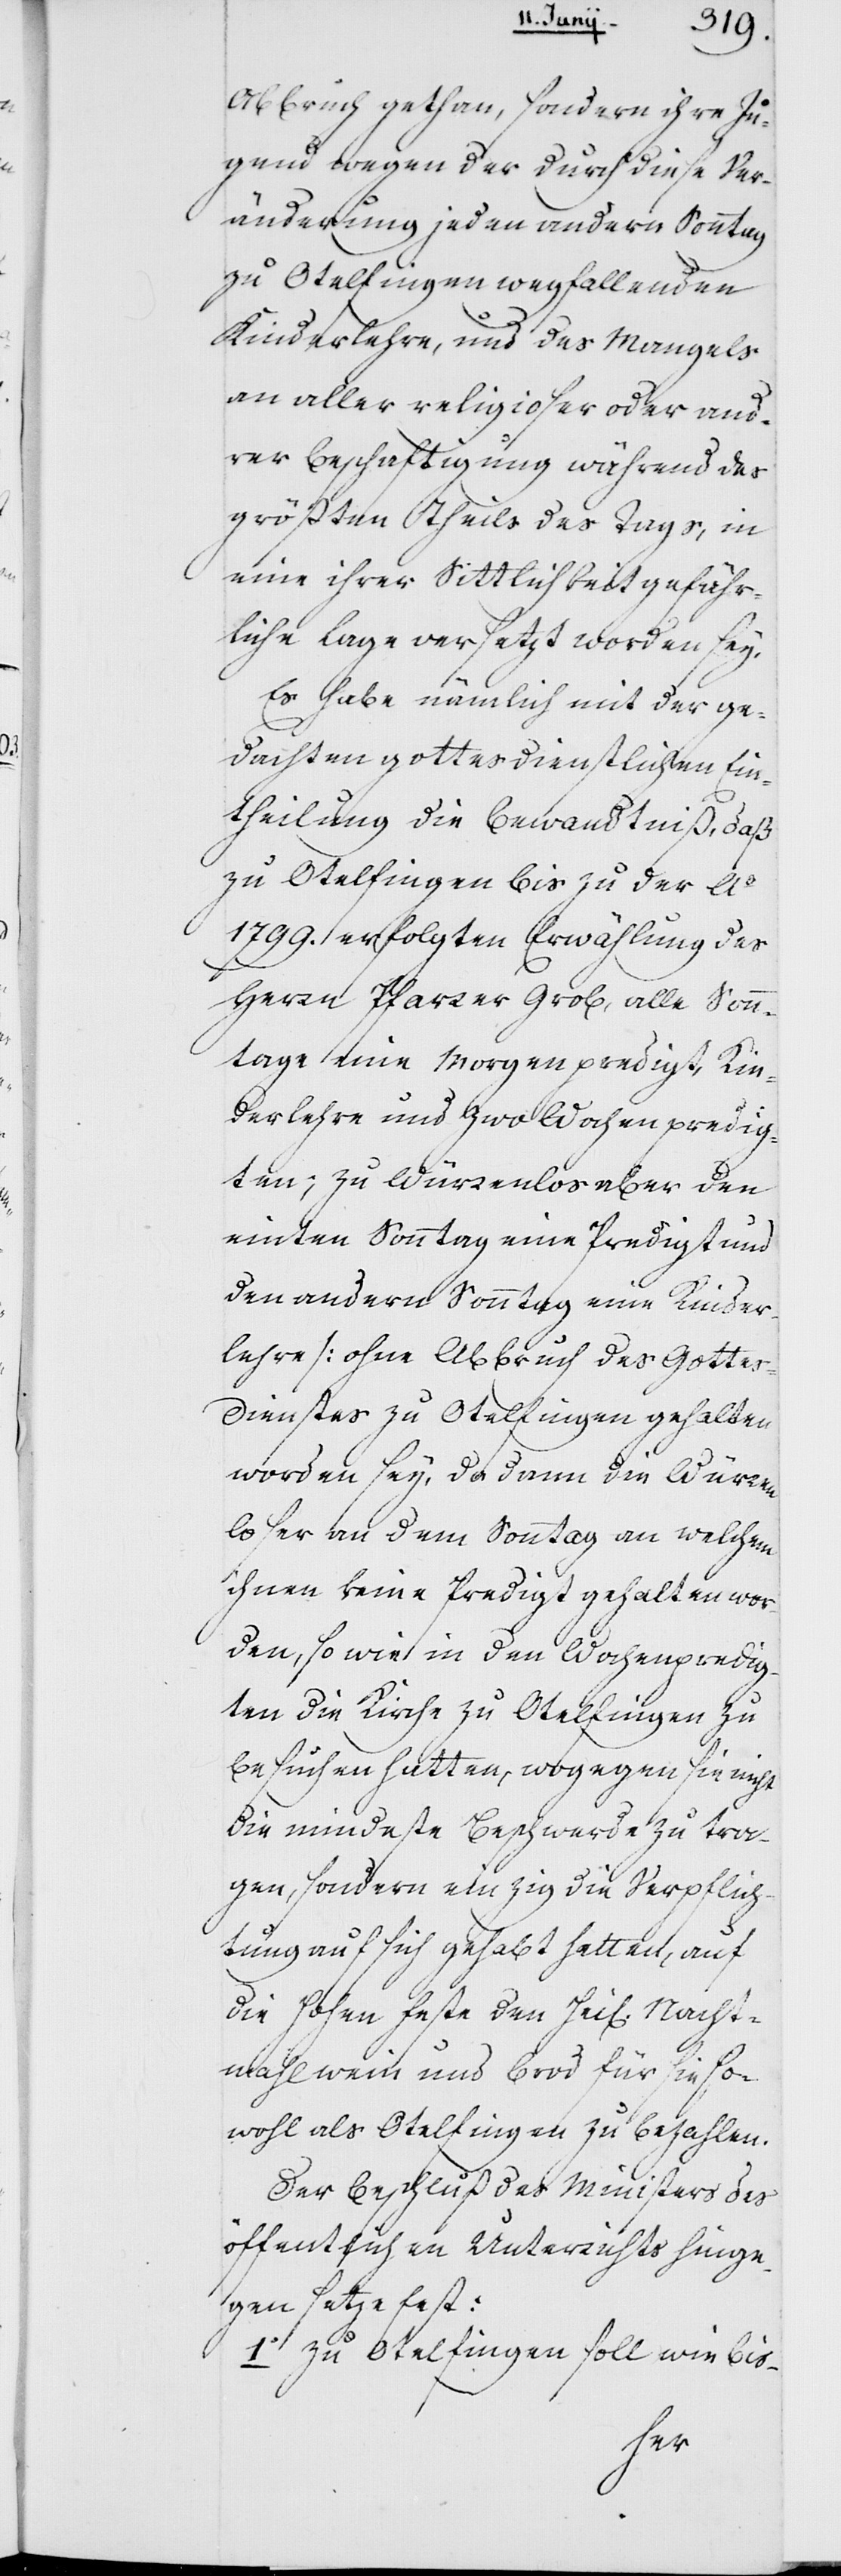
Abbruch gethan, sondern ihre Ju¬
gend wegen der durch diese Ver¬
änderung jeden andern Sonntag
zu Otelfingen wegfallenden
Kinderlehre, und des Mangels
an aller religioser oder and¬
rer Beschäftigung während des
größten Theils des Tags, in
eine ihrer Sittlichkeit gefähr¬
liche Lage versetzt worden sey.
Es habe nämlich mit der ge¬
dachten gottesdienstlichen Ein¬
theilung die Bewandtniß, daß
zu Otelfingen bis zu der Ao
1799. erfolgten Erwählung des
Herrn Pfarrer Grob, alle Sonn¬
tage eine Morgenpredigt, Kin¬
derlehre und zwo Wochenpredig¬
ten, zu Würenlos aber den
einten Sonntag eine Predigt und
den andern Sonntag eine Kinder¬
lehre (ohne Abbruch des Gottes¬
dienstes) zu Otelfingen gehalten
worden sey, da dann die Würen¬
loser an dem Sonntag an welchem
ihnen keine Predigt gehalten wor¬
den, so wie in den Wochenpredig¬
ten die Kirche zu Otelfingen zu
besuchen hatten, wogegen sie nicht
die mindeste Beschwerde zu tra¬
gen, sondern einzig die Verpflich¬
tung auf sich gehabt hatten, auf
die Hohen Feste den Heil. Nacht¬
mahlwein und Brod für sie so¬
wohl als Otelfingen zu bezahlen.
Der Beschluß des Ministers des
öffentlichen Unterrichts hinge¬
gen setze fest:
1o Zu Otelfingen soll wie bis-